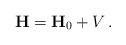
LaTeX: \begin{align*}\mathbf{H}=\mathbf{H}_0+V\, .\end{align*}